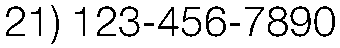
21) 123-456-7890